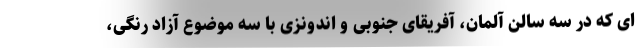
ای که در سه سالن آلمان، آفریقای جنوبی و اندونزی با سه موضوع آزاد رنگی،